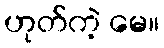
ဟုတ်ကဲ့ မေ။